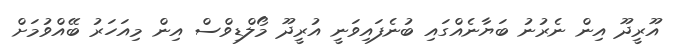
އޫރީދޫ އިން ނެރުނު ބަޔާނެއްގައި ބުނެފައިވަނީ އުރީދޫ މޯލްޑިވްސް އިން މިއަހަރު ބޭއްވުމަށް